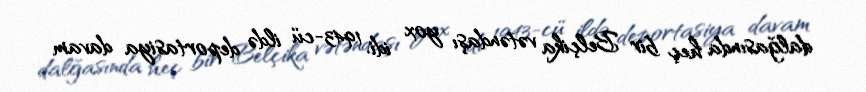
dalğasında heç bir Belçika vətəndaşı yox idi. 1943-cü ildə deportasiya davam